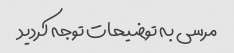
مرسی به توضیحات توجه کردید